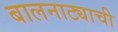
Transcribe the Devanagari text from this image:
बालनाट्याची